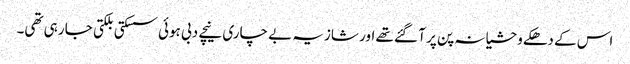
اس کے دھکے وحشیانہ پن پر آ گئے تھے اور شازیہ بے چاری نیچے دبی ہوئی سسکتی بلکتی جا رہی تھی۔